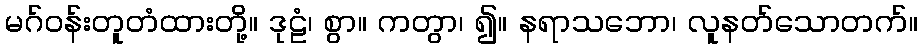
မဂ်ဝန်းတူတံထားတို့။ ဒုဠံ၊ စွာ။ ကတွာ၊ ၍။ နရာသဘော၊ လူနတ်သောတက်။